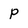
Character: p